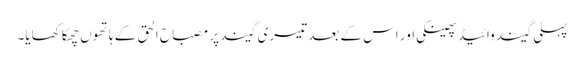
پہلی گیند وائیڈ پھینکی اور اس کے بعد تیسری گیند پر مصباح الحق کے ہاتھوں چھکا کھایا۔